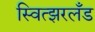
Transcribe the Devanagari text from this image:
स्वित्झरलँड